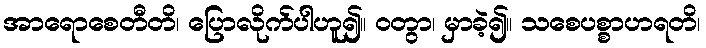
အာရောစေတီတိ၊ ပြောလိုက်ပါဟူ၍။ ဝတွာ၊ မှာခဲ့၍။ သစေပစ္စာဟရတိ၊